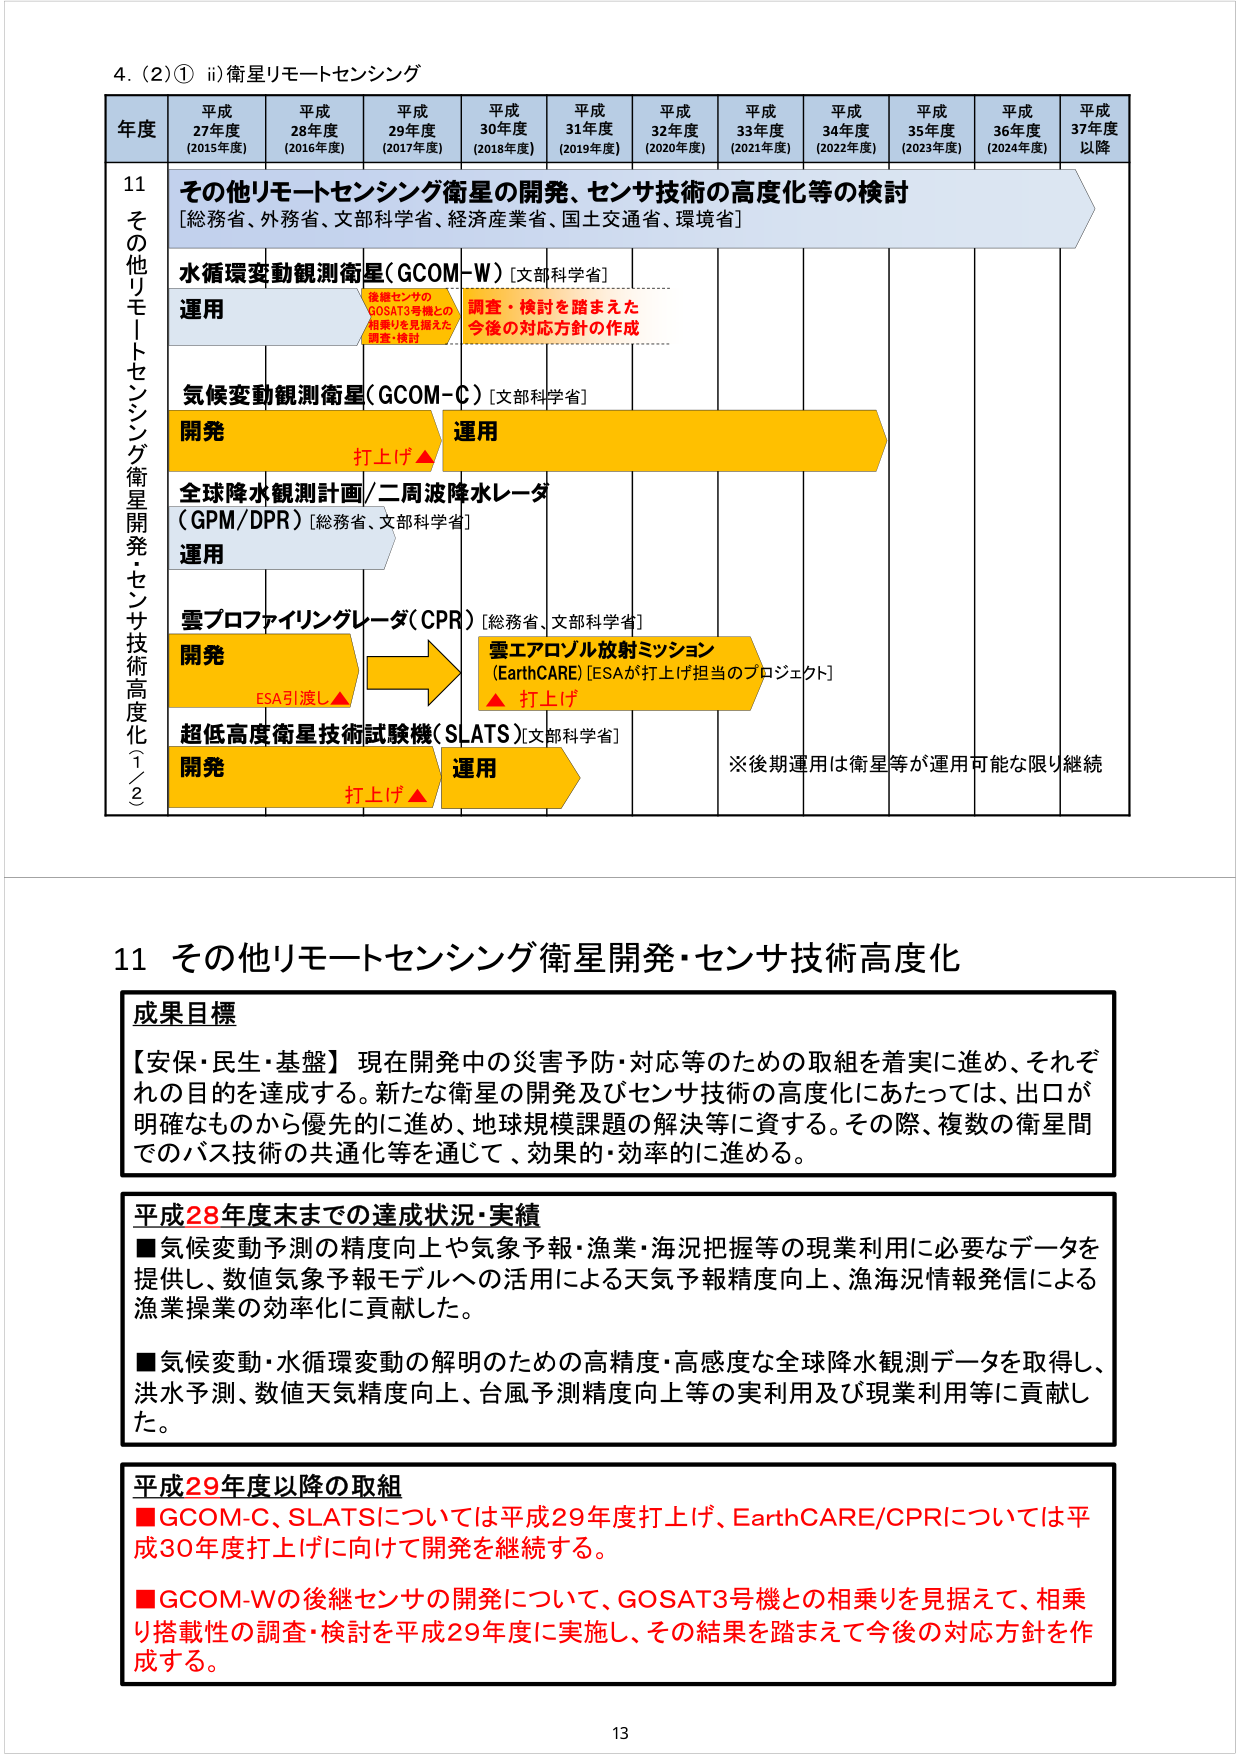
4. (2)① ii) 衛星リモートセンシング

年度 平成27年度 (2015年度) 平成28年度 (2016年度) 平成29年度 (2017年度) 平成30年度 (2018年度) 平成31年度 (2019年度) 平成32年度 (2020年度) 平成33年度 (2021年度) 平成34年度 (2022年度) 平成35年度 (2023年度) 平成36年度 (2024年度) 平成37年度以降

11 その他リモートセンシング衛星開発・センサ技術高度化①②

その他リモートセンシング衛星の開発、センサ技術の高度化等の検討 [総務省、外務省、文部科学省、経済産業省、国土交通省、環境省]

水循環変動観測衛星(GCOM-W) [文部科学省]
運用
後継センサのGOSAT3号機との相乗りを見据えた調査・検討
調査・検討を踏まえた今後の対応方針の作成

気候変動観測衛星(GCOM-C) [文部科学省]
開発 打上げ▲ 運用

全球降水観測計画/二周波降水レーダ (GPM/DPR) [総務省、文部科学省]
運用

雲プロファイリングレーダ(CPR) [総務省、文部科学省]
開発 ESA引渡し▲ → 雲エアロゾル放射ミッション (EarthCARE) [ESAが打上げ担当のプロジェクト] ▲打上げ

超低高度衛星技術試験機(SLATS) [文部科学省]
開発 打上げ▲ 運用
※後期運用は衛星等が運用可能な限り継続

11 その他リモートセンシング衛星開発・センサ技術高度化

成果目標
【安保・民生・基盤】現在開発中の災害予防・対応等のための取組を着実に進め、それぞれの目的を達成する。新たな衛星の開発及びセンサ技術の高度化にあたっては、出口が明確なものから優先的に進め、地球規模課題の解決等に資する。その際、複数の衛星間でのバス技術の共通化等を通じて、効果的・効率的に進める。

平成28年度末までの達成状況・実績
■気候変動予測の精度向上や気象予報・漁業・海況把握等の現業利用に必要なデータを提供し、数値気象予報モデルへの活用による天気予報精度向上、漁海況情報発信による漁業操業の効率化に貢献した。
■気候変動・水循環変動の解明のための高精度・高感度な全球降水観測データを取得し、洪水予測、数値天気精度向上、台風予測精度向上等の実利用及び現業利用等に貢献した。

平成29年度以降の取組
■GCOM-C、SLATSについては平成29年度打上げ、EarthCARE/CPRについては平成30年度打上げに向けて開発を継続する。
■GCOM-Wの後継センサの開発について、GOSAT3号機との相乗りを見据えて、相乗り搭載性の調査・検討を平成29年度に実施し、その結果を踏まえて今後の対応方針を作成する。

13